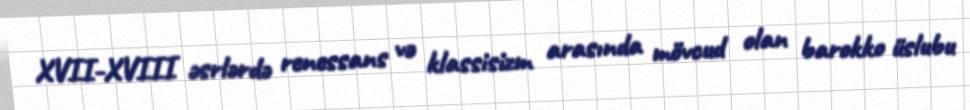
XVII-XVIII əsrlərdə renessans və klassisizm arasında mövcud olan barokko üslubu